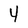
Character: 4